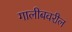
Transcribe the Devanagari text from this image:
गालीबवरील